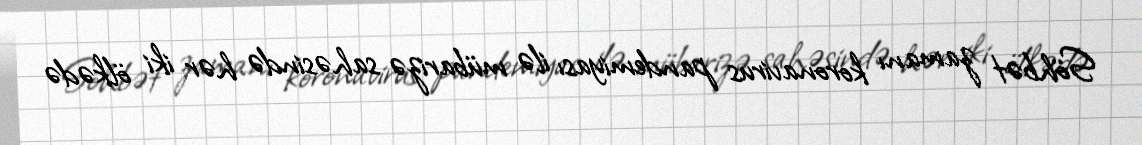
Söhbət zamanı koronavirus pandemiyası ilə mübarizə sahəsində hər iki ölkədə